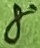
Text: 8